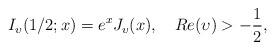
LaTeX: \begin{align*}I_{\upsilon }(1/2;x)=e^{x}J_{\upsilon }(x),\ \ \ Re(\upsilon )>-\frac{1}{2},\end{align*}